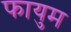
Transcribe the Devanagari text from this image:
फायुम